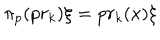
\pi _ { p } ( p r _ { k } ) \xi = p r _ { k } ( x ) \xi